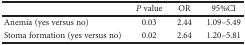
|  | P value | OR | 95%CI |
 | --- | --- | --- | --- |
 | Anemia (yes versus no) | 0.03 | 2.44 | 1.09–5.49 |
 | Stoma formation (yes versus no) | 0.02 | 2.64 | 1.20–5.81 |